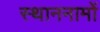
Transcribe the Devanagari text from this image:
स्थाननामों